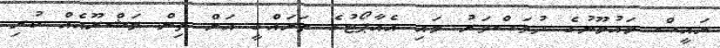
ރައީސް މައުމޫނުގެ ދުވަސްވަރު މައި އެއާޕޯޓުގެ ތަރައްގީ އަށް ތިން މަޝްރޫއެއް ކުރި